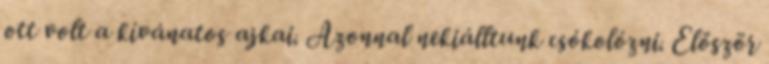
ott volt a kívánatos ajkai. Azonnal nekiálltunk csókolózni. Először